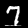
Digit: 7